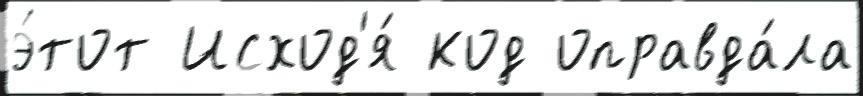
э́тот Исход'я́ код оправда́ла